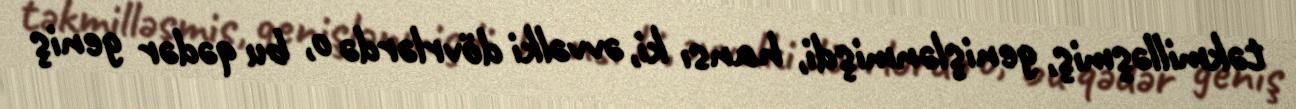
təkmilləşmiş, genişlənmişdi, hansı ki, əvvəlki dövrlərdə o, bu qədər geniş